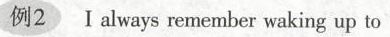
例2 I always remember waking up to